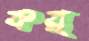
কর্